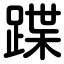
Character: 蹀